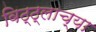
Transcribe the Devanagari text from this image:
विठ्ठ्लाच्या